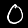
Label: 0